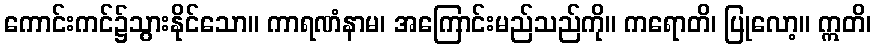
ကောင်းကင်၌သွားနိုင်သော။ ကာရဏံနာမ၊ အကြောင်းမည်သည်ကို။ ကရောတိ၊ ပြုလော့။ ဣတိ၊